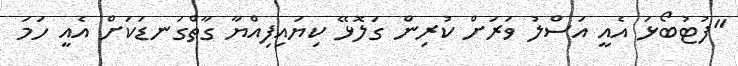
"ފުޓުބޯޅަ އެއީ އަސްލު ވަރަށް ކުރިން ގަލޮޅޭ ކިޔައިފިއްޔާ ގާތްގަނޑަކަށް އެއީ ހަމަ